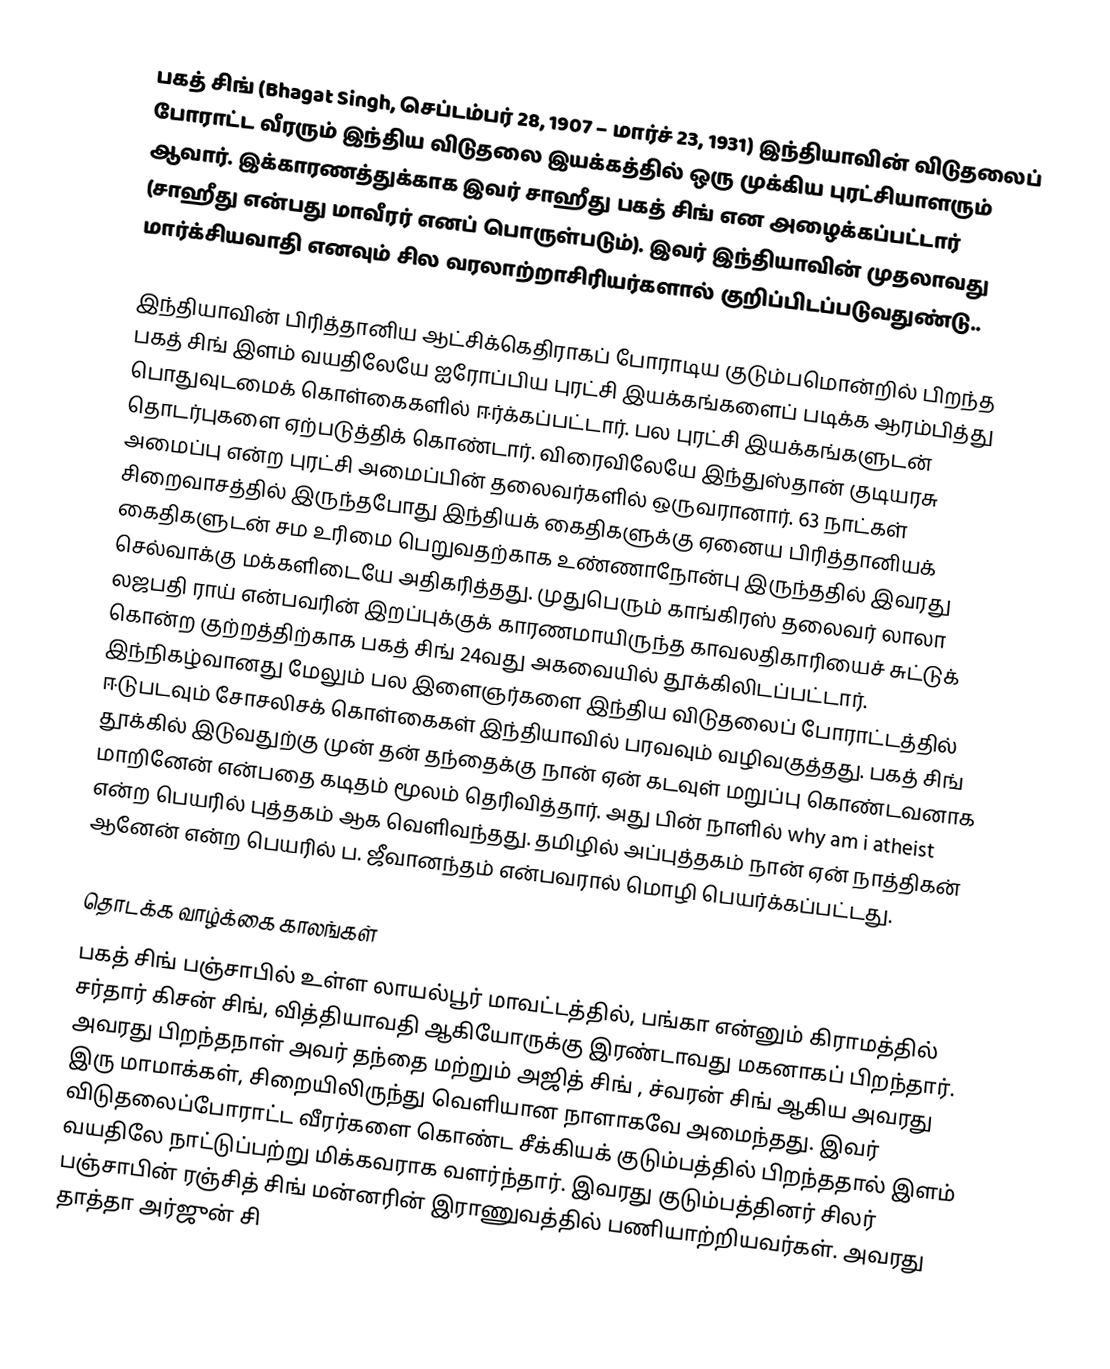
பகத் சிங் (Bhagat Singh, செப்டம்பர் 28, 1907 – மார்ச் 23, 1931) இந்தியாவின் விடுதலைப் போராட்ட வீரரும் இந்திய விடுதலை இயக்கத்தில் ஒரு முக்கிய புரட்சியாளரும் ஆவார். இக்காரணத்துக்காக இவர் சாஹீது பகத் சிங் என அழைக்கப்பட்டார் (சாஹீது என்பது மாவீரர் எனப் பொருள்படும்). இவர் இந்தியாவின் முதலாவது மார்க்சியவாதி எனவும் சில வரலாற்றாசிரியர்களால் குறிப்பிடப்படுவதுண்டு..

இந்தியாவின் பிரித்தானிய ஆட்சிக்கெதிராகப் போராடிய குடும்பமொன்றில் பிறந்த பகத் சிங் இளம் வயதிலேயே ஐரோப்பிய புரட்சி இயக்கங்களைப் படிக்க ஆரம்பித்து பொதுவுடமைக் கொள்கைகளில் ஈர்க்கப்பட்டார். பல புரட்சி இயக்கங்களுடன் தொடர்புகளை ஏற்படுத்திக் கொண்டார். விரைவிலேயே இந்துஸ்தான் குடியரசு அமைப்பு என்ற புரட்சி அமைப்பின் தலைவர்களில் ஒருவரானார். 63 நாட்கள் சிறைவாசத்தில் இருந்தபோது இந்தியக் கைதிகளுக்கு ஏனைய பிரித்தானியக் கைதிகளுடன் சம உரிமை பெறுவதற்காக உண்ணாநோன்பு இருந்ததில் இவரது செல்வாக்கு மக்களிடையே அதிகரித்தது. முதுபெரும் காங்கிரஸ் தலைவர் லாலா லஜபதி ராய் என்பவரின் இறப்புக்குக் காரணமாயிருந்த காவலதிகாரியைச் சுட்டுக் கொன்ற குற்றத்திற்காக பகத் சிங் 24வது அகவையில் தூக்கிலிடப்பட்டார். இந்நிகழ்வானது மேலும் பல இளைஞர்களை இந்திய விடுதலைப் போராட்டத்தில் ஈடுபடவும் சோசலிசக் கொள்கைகள் இந்தியாவில் பரவவும் வழிவகுத்தது. பகத் சிங் தூக்கில் இடுவதுற்கு முன் தன் தந்தைக்கு நான் ஏன் கடவுள் மறுப்பு கொண்டவனாக மாறினேன் என்பதை கடிதம் மூலம் தெரிவித்தார். அது பின் நாளில் why am i atheist என்ற பெயரில் புத்தகம் ஆக  வெளிவந்தது. தமிழில் அப்புத்தகம் நான் ஏன் நாத்திகன் ஆனேன்  என்ற பெயரில் ப. ஜீவானந்தம் என்பவரால் மொழி பெயர்க்கப்பட்டது.

தொடக்க வாழ்க்கை காலங்கள்
பகத் சிங் பஞ்சாபில் உள்ள லாயல்பூர் மாவட்டத்தில், பங்கா என்னும் கிராமத்தில் சர்தார் கிசன் சிங், வித்தியாவதி ஆகியோருக்கு இரண்டாவது மகனாகப் பிறந்தார். அவரது பிறந்தநாள் அவர் தந்தை மற்றும் அஜித் சிங் , ச்வரன் சிங் ஆகிய அவரது இரு மாமாக்கள், சிறையிலிருந்து வெளியான நாளாகவே அமைந்தது. இவர் விடுதலைப்போராட்ட வீரர்களை கொண்ட சீக்கியக் குடும்பத்தில் பிறந்ததால் இளம் வயதிலே நாட்டுப்பற்று மிக்கவராக வளர்ந்தார். இவரது குடும்பத்தினர் சிலர் பஞ்சாபின் ரஞ்சித் சிங் மன்னரின் இராணுவத்தில் பணியாற்றியவர்கள். அவரது தாத்தா அர்ஜுன் சி